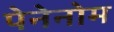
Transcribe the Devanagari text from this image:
पेनेनोम